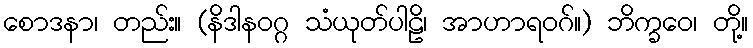
စောဒနာ၊ တည်း။ (နိဒါနဝဂ္ဂ သံယုတ်ပါဠိ၊ အာဟာရဝဂ်။) ဘိက္ခဝေ၊ တို့။